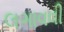
લગાવવી